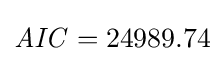
{\mathit {AIC}}=24989.74